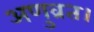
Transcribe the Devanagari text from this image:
अणुव्रत।